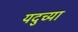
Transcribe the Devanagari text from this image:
यदुच्या